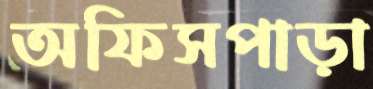
অফিসপাড়া